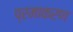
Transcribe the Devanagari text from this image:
प्रमाकरण